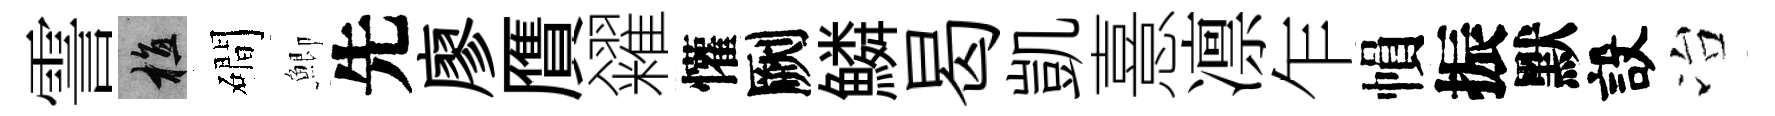
霅植磵鯽先廖贋糴懽劂鱗曷凱憙凛乍𢄙振默設冶